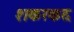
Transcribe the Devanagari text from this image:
शकरकद